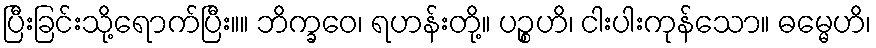
ပြီးခြင်းသို့ရောက်ပြီး။။ ဘိက္ခဝေ၊ ရဟန်းတို့။ ပဉ္စဟိ၊ ငါးပါးကုန်သော။ ဓမ္မေဟိ၊